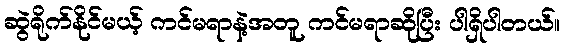
ဆွဲရိုက်နိုင်မယ့် ကင်မရာနဲ့အတူ ကင်မရာဆိုပြီး ပါရှိပါတယ်။